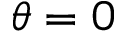
\theta = 0